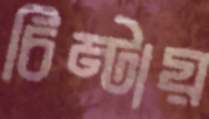
চিম্‌টায়